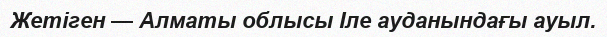
Жетіген — Алматы облысы Іле ауданындағы ауыл.